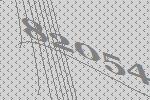
82054